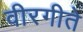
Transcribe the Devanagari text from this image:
वीरगीते